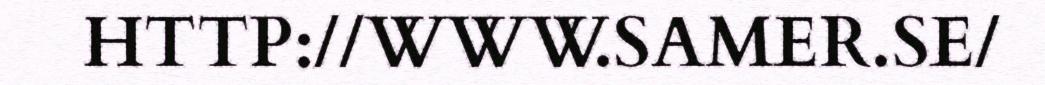
HTTP://WWW.SAMER.SE/